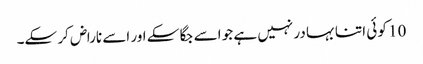
10 کو ئی اتنا بہا در نہیں ہے جو اسے جگا سکے اور اسے ناراض کر سکے۔